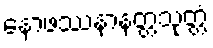
နောဖဿနာနတ္တသုတ္တံ